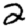
Digit: 2